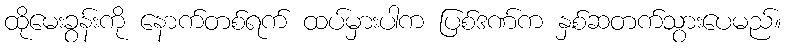
ထိုမေးခွန်းကို နောက်တစ်ရက် ထပ်မှားပါက ပြစ်ဒဏ်က နှစ်ဆတက်သွားပေမည်။